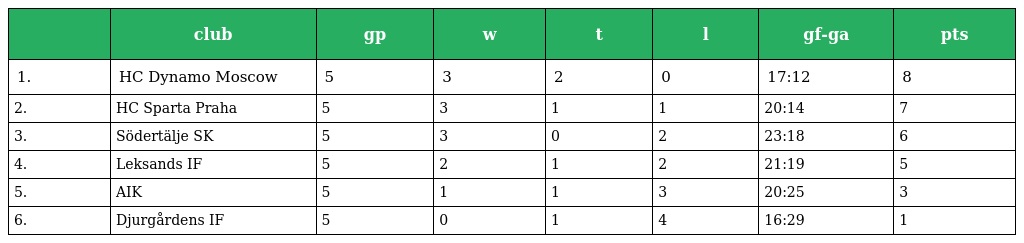
|  | club | gp | w | t | l | gf-ga | pts |
 | --- | --- | --- | --- | --- | --- | --- | --- |
 | 1. | HC Dynamo Moscow | 5 | 3 | 2 | 0 | 17:12 | 8 |
 | 2. | HC Sparta Praha | 5 | 3 | 1 | 1 | 20:14 | 7 |
 | 3. | Södertälje SK | 5 | 3 | 0 | 2 | 23:18 | 6 |
 | 4. | Leksands IF | 5 | 2 | 1 | 2 | 21:19 | 5 |
 | 5. | AIK | 5 | 1 | 1 | 3 | 20:25 | 3 |
 | 6. | Djurgårdens IF | 5 | 0 | 1 | 4 | 16:29 | 1 |